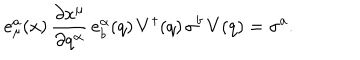
LaTeX: e _ { \mu } ^ { a } ( x ) \, \frac { \partial x ^ { \mu } } { \partial q ^ { \alpha } } \, e _ { b } ^ { \alpha } ( q ) \, V ^ { \dagger } ( q ) \, \sigma ^ { b } \, V ( q ) = \sigma ^ { a } .